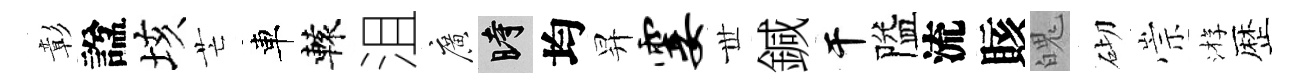
彰諡垓芒車轅沮廣时均昇霎𠀍鍼干隘流賅魄砌崇㳺歴